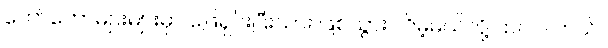
တော်တော်များများမှာ ဖြေရှင်းပြီးသား ဖြစ်သွား လိမ့်မယ်လို့ ထင်ပါ တယ်။